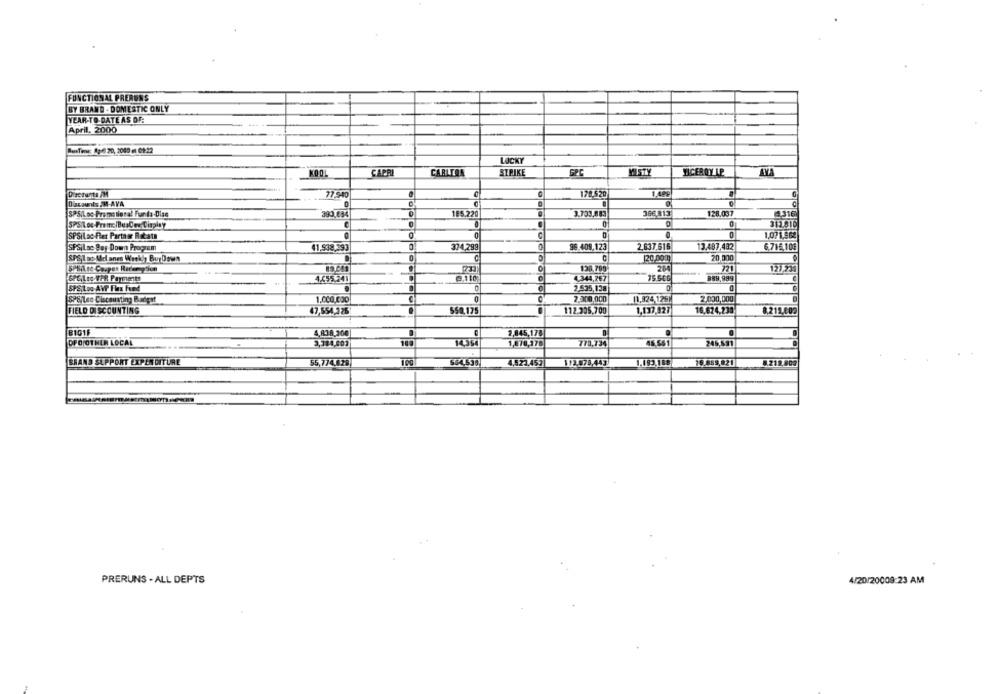
FUNCTIONAL PRERONS
BY BRAND . DOMESTIC ONLY
YEAR-TO-DATE AS OF:
April. 2000
BusTime: Ap4 20, 2009 - 09:22
LUCKY
CAPRI
CARLTON
STRIKE
GPC
MISTY
NICEROY LP
AYA
Discounts /M
77.940
178.520
Discounts IM-AVA
SPSILoc- Promo tional Fur 4a-Dias
393.634
185.220
3.703,883
366.813
128.097
SPS/Loc-Framc /BusCes Display
0
SPSiLac Per Partas Breath
1,07 1,964
SPSiLac Bay Down Program
41.938,293
374,299
96.409,123
2,637.616
13.487,482
6.716,104
20,000
SPS1 at Mel anes Weekly BuyDown
120.000)
128,795
721
127.23
4655.241
4,344,267
15 5CG
889,989
SPS,Loc AVf Flex Fund
2.535,128
SPE Leo Ciscousting Badget
1.000,000
2.000,000
11,824 126
2.000,000
FIELD DISCOUNTING
47,554,326
550,175
112.205,700
1,137,927
16.624,230
8,215,009
81011
4,808,200
2,845,178
DPO OTHER LOCAL
14,354
178,170
773,734
48.581
245,531
BRAND SUPPORT EXPENDITURE
55,774.828
4.5.22.457
113.578,443
76.859,82 1
8.219.803
PRERUNS . ALL DEPTS
4/20/20008:23 AM